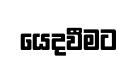
යෙදවීමට